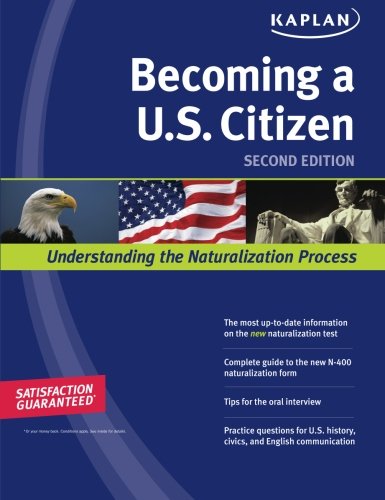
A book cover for Kaplan Becoming a U.S. Citizen; Kaplan; Test Preparation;